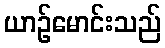
ယာဉ်မောင်းသည်